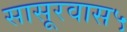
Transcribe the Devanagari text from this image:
सासूरवास५